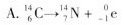
A.$$_ { 6 } ^ { 1 4 } C \rightarrow